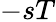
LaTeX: -sT